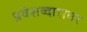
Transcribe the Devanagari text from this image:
प्रवेशव्दारावर